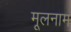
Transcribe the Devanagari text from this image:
मूलनाम